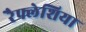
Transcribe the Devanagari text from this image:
रैफ्लेशिया